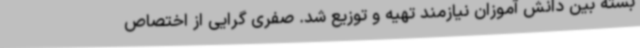
بسته بین دانش آموزان نیازمند تهیه و توزیع شد. صفری گرایی از اختصاص